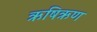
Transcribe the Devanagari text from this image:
ऋषिऋण